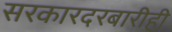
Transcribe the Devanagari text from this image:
सरकारदरबारीही